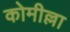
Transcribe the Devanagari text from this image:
कोमील्ला